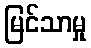
မြင်သာမှု